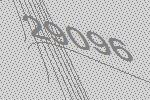
29096